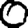
Digit: 0